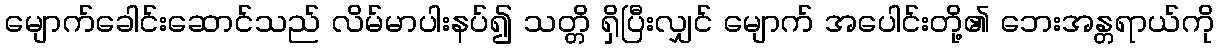
မျောက်ခေါင်းဆောင်သည် လိမ်မာပါးနပ်၍ သတ္တိ ရှိပြီးလျှင် မျောက် အပေါင်းတို့၏ ဘေးအန္တရာယ်ကို